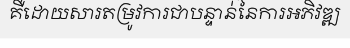
គឺដោយសារតម្រូវការជាបន្ទាន់នៃការអភិវឌ្ឍ